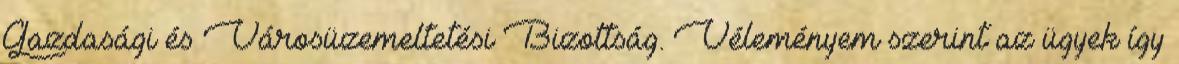
Gazdasági és Városüzemeltetési Bizottság. Véleményem szerint az ügyek így